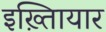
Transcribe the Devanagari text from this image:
इख़्तिायार